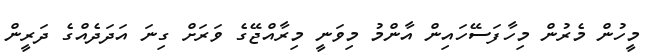
މީހުން މެރުން މިހާފަސޭހައިން އާންމު މިވަނީ މިރާއްޖޭގެ ވަރަށް ގިނަ އަދަދެއްގެ ދަރީން